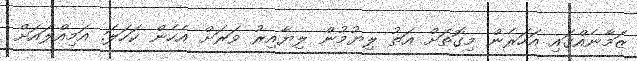
ޒަމާނެއްގައި އަހަރެން މިގޮތަށް އަތު ލިޔުމުން ލިޔާއިރު ވަރަށް އެހެން ކަހަލަ. އަމިއްލައަށް